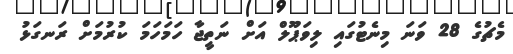
މެޗުގެ 28 ވަނަ މިނެޓުގައި ލިވަޕޫލް އަށް ނަތީޖާ ހަމަހަމަ ކުރުމަށް ރަނގަޅު